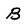
Character: B